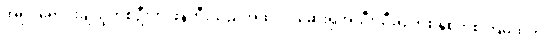
အရုပ်ရောင်းချသူတစ်ဦးက ဖန်တီးသည်အထိပင် ဆေးရုံအသီးသီးရှိ တစ်နှစ်တစ်ကြိမ်ထုတ်